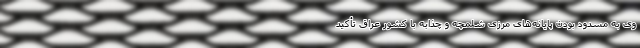
وی به مسدود بودن پایانه‌های مرزی شلمچه و چذابه با کشور عراق تأکید